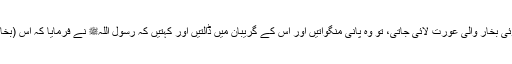
1468: سیدہ اسماء رضی اللہ عنہا سے روایت ہے کہ جب ان کے پاس کوئی بخار والی عورت لائی جاتی، تو وہ پانی منگواتیں اور اس کے گریبان میں ڈالتیں اور کہتیں کہ رسول اللہﷺ نے فرمایا کہ اس (بخار) کو پانی سے ٹھنڈا کرو اور فرمایا کہ بخار جہنم کی بھاپ سے ہوتا ہے۔